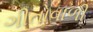
ગીતોવાળી